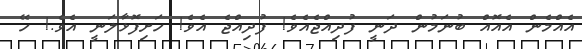
އެއްމެން އެއޮއް ބުނަމުން ދަނީ ފުދިއްޖެއެވެ! ފުދިއްޖެ އެވެ! ހަށިފޮޅާލަނީ އެވެ.! ހޭ